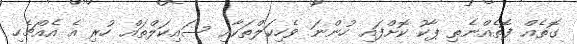
ގޮތެއް ފޮތެއްނެތި ޕާކު ކޮށްފައި ހުންނަ ވެހިކަލްތަކާއި ސައިކަލްތައް ހުރި އެ އެއްޗެހި